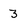
Character: 3